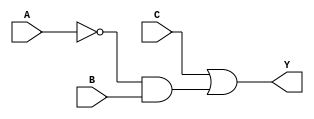
module combinational_logic (
    input wire A,    // First input
    input wire B,    // Second input
    input wire C,    // Third input
    output wire Y    // Output
);

// Logic implementation based on the reduced expression
assign Y = C | (~A & B);

endmodule